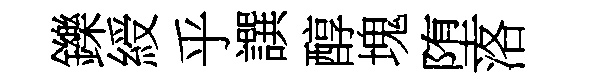
鑠綬乎譔醇塊堕洛